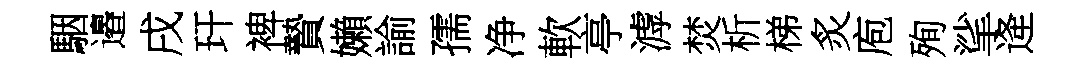
駰邉戌玕裨贄嬾諭孺净軟亭滹焚析梯炙庖殉挲逄